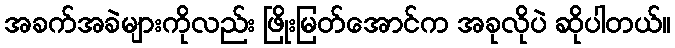
အခက်အခဲများကိုလည်း ဖြိုးမြတ်အောင်က အခုလိုပဲ ဆိုပါတယ်။